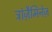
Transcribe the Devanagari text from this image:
ट्रांज़ैमिनेज़